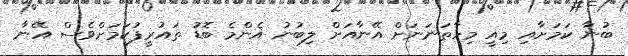
ބުނާ ކަމަށާއި މިއީ މިހާތަނަނަށް އޭނާއަށް ލިބުނު އެންމެ ބޮޑު ތައުރީފުކަމަށްވެސް އޭނާ